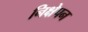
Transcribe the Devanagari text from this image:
निक्षेपन